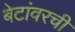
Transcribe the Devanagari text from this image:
बेटांवरची